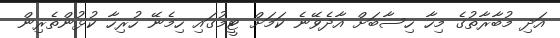
އަދި މުބާރާތުގެ މިހާ ހިސާބަށް އާދެވޭނެ ކަމަށް ޓީމުގައި ހިމެނޭ ހުރިހާ ކުޅުންތެރިން